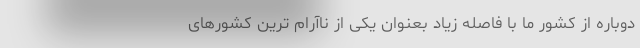
دوباره از کشور ما با فاصله زیاد بعنوان یکی از ناآرام ترین کشورهای